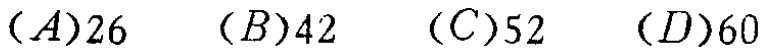
$(A)26\quad (B)42\quad (C)52\quad (D)60$